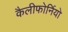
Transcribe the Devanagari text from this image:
कैलीफोर्नियो